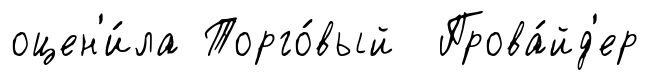
оцен'и́ла Торго́вый Прова́йд'ер